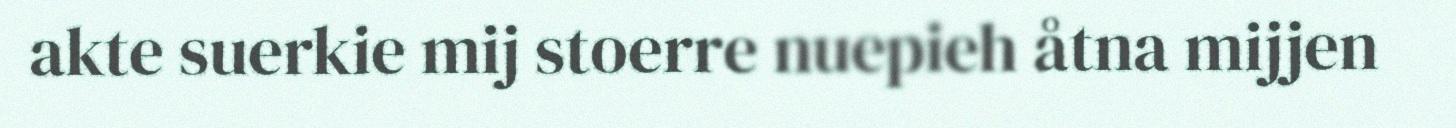
akte suerkie mij stoerre nuepieh åtna mijjen